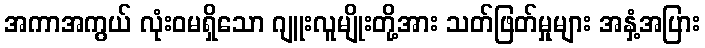
အကာအကွယ် လုံးဝမရှိသော ဂျူးလူမျိုးတို့အား သတ်ဖြတ်မှုများ အနှံ့အပြား